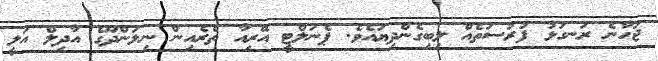
ޖަހާނެ ރަނގަޅު ފުރުސަތެއް ލިބިގެންދިޔައެވެ. ޕެނަލްޓީ އޭރިއާ ތެރެއިން ނިލަންދޫގެ އާދިލް އަލީ